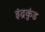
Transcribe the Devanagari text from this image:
इंद्रकुंड